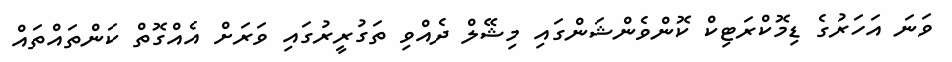
ވަނަ އަހަރުގެ ޑިމޮކްރަޓިކް ކޮންވެންޝަންގައި މިޝޭލް ދެއްވި ތަގުރީރުގައި ވަރަށް އެއްގޮތް ކަންތައްތައް